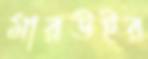
মারউইর